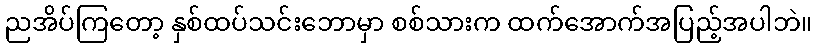
ညအိပ်ကြတော့ နှစ်ထပ်သင်းဘောမှာ စစ်သားက ထက်အောက်အပြည့်အပါဘဲ။